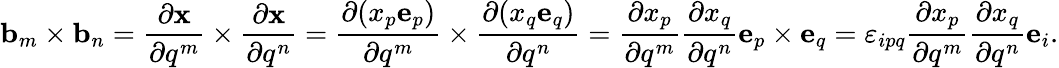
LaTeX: \mathbf{b}_{m}\times\mathbf{b}_{n}={\frac{\partial\mathbf{x}}{\partial q^{m}}}\times{\frac{\partial\mathbf{x}}{\partial q^{n}}}={\frac{\partial(x_{p}\mathbf{e}_{p})}{\partial q^{m}}}\times{\frac{\partial(x_{q}\mathbf{e}_{q})}{\partial q^{n}}}={\frac{\partial x_{p}}{\partial q^{m}}}{\frac{\partial x_{q}}{\partial q^{n}}}\mathbf{e}_{p}\times\mathbf{e}_{q}=\varepsilon_{ipq}{\frac{\partial x_{p}}{\partial q^{m}}}{\frac{\partial x_{q}}{\partial q^{n}}}\mathbf{e}_{i}.